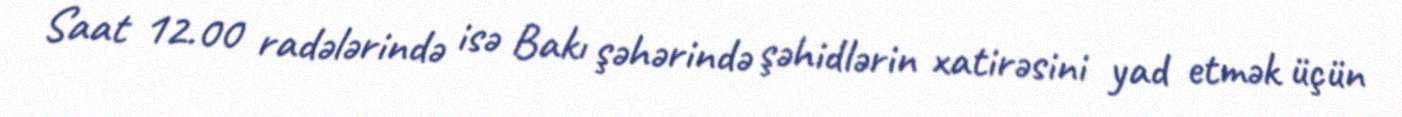
Saat 12.00 radələrində isə Bakı şəhərində şəhidlərin xatirəsini yad etmək üçün